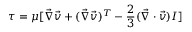
\boldsymbol { \tau } = \mu [ \Vec { \boldsymbol { \nabla } } \Vec { \boldsymbol { v } } + ( \Vec { \boldsymbol { \nabla } } \Vec { \boldsymbol { v } } ) ^ { T } - \frac { 2 } { 3 } ( \Vec { \boldsymbol { \nabla } } \cdot \Vec { \boldsymbol { v } } ) \boldsymbol { I } ]